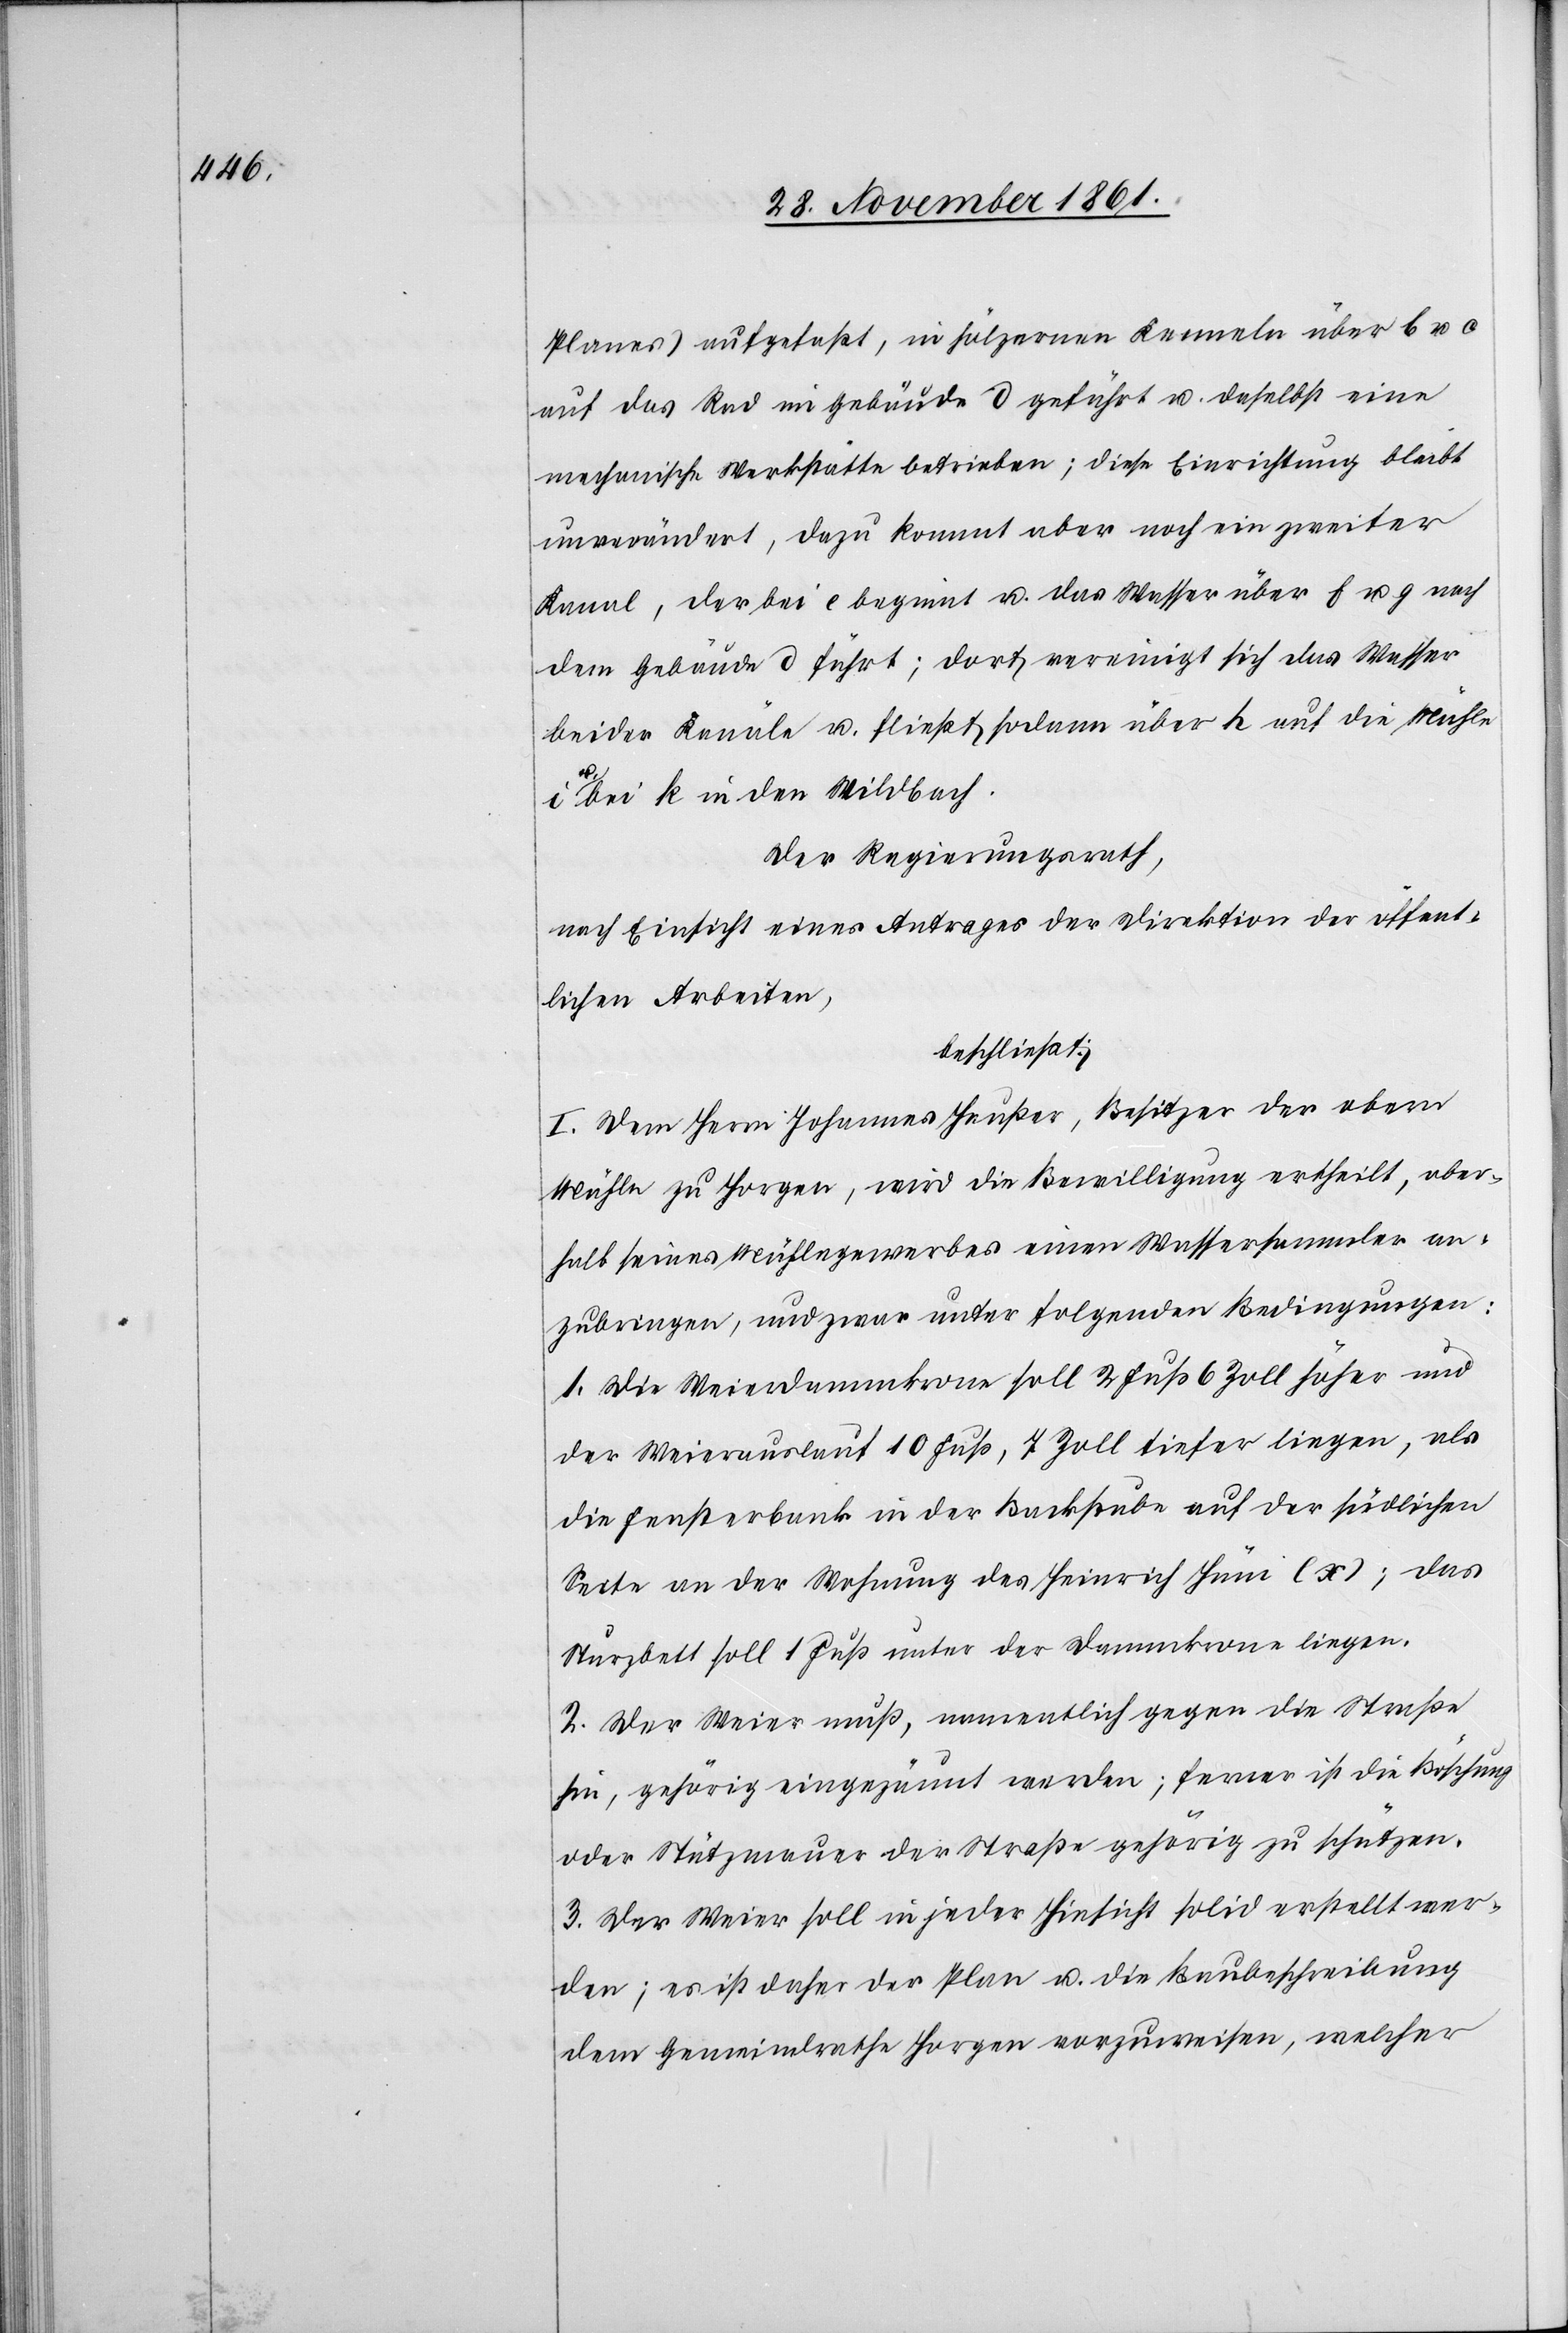
Planes) aufgefaßt, in hölzernen Kenneln über b u. c
auf das Rad im Gebäude d geführt u. daselbst eine
mechanische Werkstätte betrieben; diese Einrichtung bleibt
unverändert, dazu kommt aber noch ein zweiter
Kanal, der bei e beginnt u. das Wasser über f u. g nach
dem Gebäude d führt; dort vereinigt sich das Wasser
beider Kanäle u. fließt sodann über h auf die Mühle
u. bei k in den Wildbach.
Der Regierungsrath,
nach Einsicht eines Antrages der Direktion der öffent¬
lichen Arbeiten,
beschließt:
I. Dem Herrn Johannes Heußer, Besitzer der obern
Mühle zu Horgen, wird die Bewilligung ertheilt, ober¬
halb seines Mühlegewerbes einen Wassersammler an¬
zubringen, und zwar unter folgenden Bedingungen:
1. Die Weierdammkrone soll 2 Fuß 6 Zoll höher und
der Weierauslauf 10 Fuß, 7 Zoll tiefer liegen, als
die Fensterbank in der Backstube auf der südlichen
Seite an der Wohnung des Heinrich Hüni (x); das
Sturzbett soll 1 Fuß unter der Dammkrone liegen.
2. Der Weier muß, namentlich gegen die Straße
hin, gehörig eingezäunt werden; ferner ist die Böschung
oder Stützmauer der Straße gehörig zu schützen.
3. Der Weier soll in jeder Hinsicht solid erstellt wer¬
den; es ist daher der Plan u. die Baubescheinigung
dem Gemeindrathe Horgen vorzuweisen, welcher